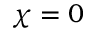
\chi = 0